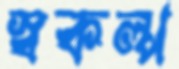
স্বকল্প